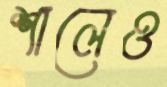
শালেও